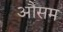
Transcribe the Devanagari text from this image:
औसम